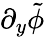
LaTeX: \partial_{y}\tilde{\phi}